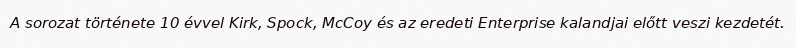
A sorozat története 10 évvel Kirk, Spock, McCoy és az eredeti Enterprise kalandjai előtt veszi kezdetét.